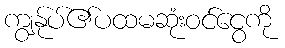
ကျွန်ုပ်၏ပထမဆုံးဝင်ငွေကို